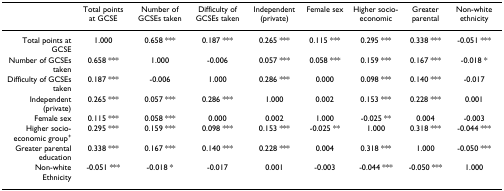
<table><thead><tr><td>[EMPTY_CELL]</td><td><b>Total points at GCSE</b></td><td><b>Number of GCSEs taken</b></td><td><b>Difficulty of GCSEs taken</b></td><td><b>Independent (private)</b></td><td><b>Female sex</b></td><td><b>Higher socio- economic</b></td><td><b>Greater parental</b></td><td><b>Non-white ethnicity</b></td></tr></thead><tbody><tr><td>Total points at GCSE</td><td>1.000</td><td>0.658 ***</td><td>0.187 ***</td><td>0.265 ***</td><td>0.115 ***</td><td>0.295 ***</td><td>0.338 ***</td><td>-0.051 ***</td></tr><tr><td>Number of GCSEs taken</td><td>0.658 ***</td><td>1.000</td><td>-0.006</td><td>0.057 ***</td><td>0.058 ***</td><td>0.159 ***</td><td>0.167 ***</td><td>-0.018 *</td></tr><tr><td>Difficulty of GCSEs taken</td><td>0.187 ***</td><td>-0.006</td><td>1.000</td><td>0.286 ***</td><td>0.000</td><td>0.098 ***</td><td>0.140 ***</td><td>-0.017</td></tr><tr><td>Independent (private)</td><td>0.265 ***</td><td>0.057 ***</td><td>0.286 ***</td><td>1.000</td><td>0.002</td><td>0.153 ***</td><td>0.228 ***</td><td>0.001</td></tr><tr><td>Female sex</td><td>0.115 ***</td><td>0.058 ***</td><td>0.000</td><td>0.002</td><td>1.000</td><td>-0.025 **</td><td>0.004</td><td>-0.003</td></tr><tr><td>Higher socio- economic group<sup>+</sup></td><td>0.295 ***</td><td>0.159 ***</td><td>0.098 ***</td><td>0.153 ***</td><td>-0.025 **</td><td>1.000</td><td>0.318 ***</td><td>-0.044 ***</td></tr><tr><td>Greater parental education</td><td>0.338 ***</td><td>0.167 ***</td><td>0.140 ***</td><td>0.228 ***</td><td>0.004</td><td>0.318 ***</td><td>1.000</td><td>-0.050 ***</td></tr><tr><td>Non-white Ethnicity</td><td>-0.051 ***</td><td>-0.018 *</td><td>-0.017</td><td>0.001</td><td>-0.003</td><td>-0.044 ***</td><td>-0.050 ***</td><td>1.000</td></tr></tbody></table>